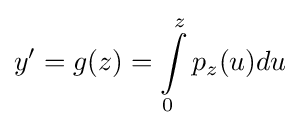
y'=g(z)=\int \limits _{0}^{z}p_{z}(u)du